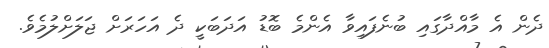
ދެން އެ މާއްދާގައި ބުނެފައިވާ އެންމެ ބޮޑު އަދަބަކީ ދެ އަހަރަށް ޖަލަށްލުމެެވެ.